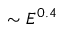
\sim E ^ { 0 . 4 }